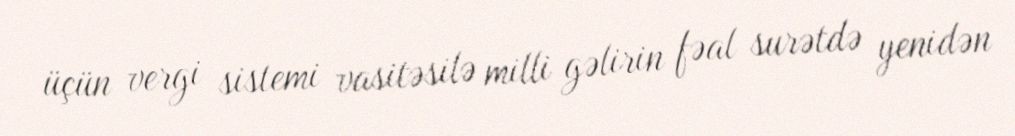
üçün vergi sistemi vasitəsilə milli gəlirin fəal surətdə yenidən